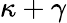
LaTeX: \kappa+\gamma